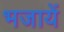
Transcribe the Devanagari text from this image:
भजायें